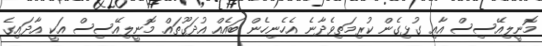
މޮނީލިއޭސިސް އާއި ގުޅިގެން ކުރިމަތިވެދާނެ އެހެނިހެން ބައެއް އުދަގޫތައް މޮނީލިއޭސިސް އަކީ އާދައިގެ